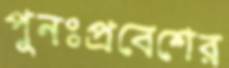
পুনঃপ্রবেশের